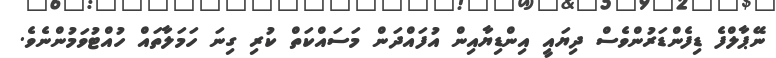
ނޭޕާލްފެ ޑިފެންޑަރުންވެސް ދިޔައީ އިންޑިޔާއިން އުފައްދަން މަސައްކަތް ކުރި ގިނަ ހަމަލާތައް ހުއްޓުވަމުންނެވެ.